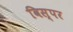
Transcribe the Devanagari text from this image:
विस्पर